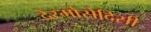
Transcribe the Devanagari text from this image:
देस्मोसेदिसी